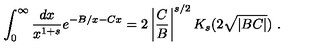
\int _ { 0 } ^ { \infty } \frac { d x } { x ^ { 1 + s } } e ^ { - B / x - C x } = 2 \left| \frac { C } { B } \right| ^ { s / 2 } K _ { s } ( 2 \sqrt { | B C | } ) \ .